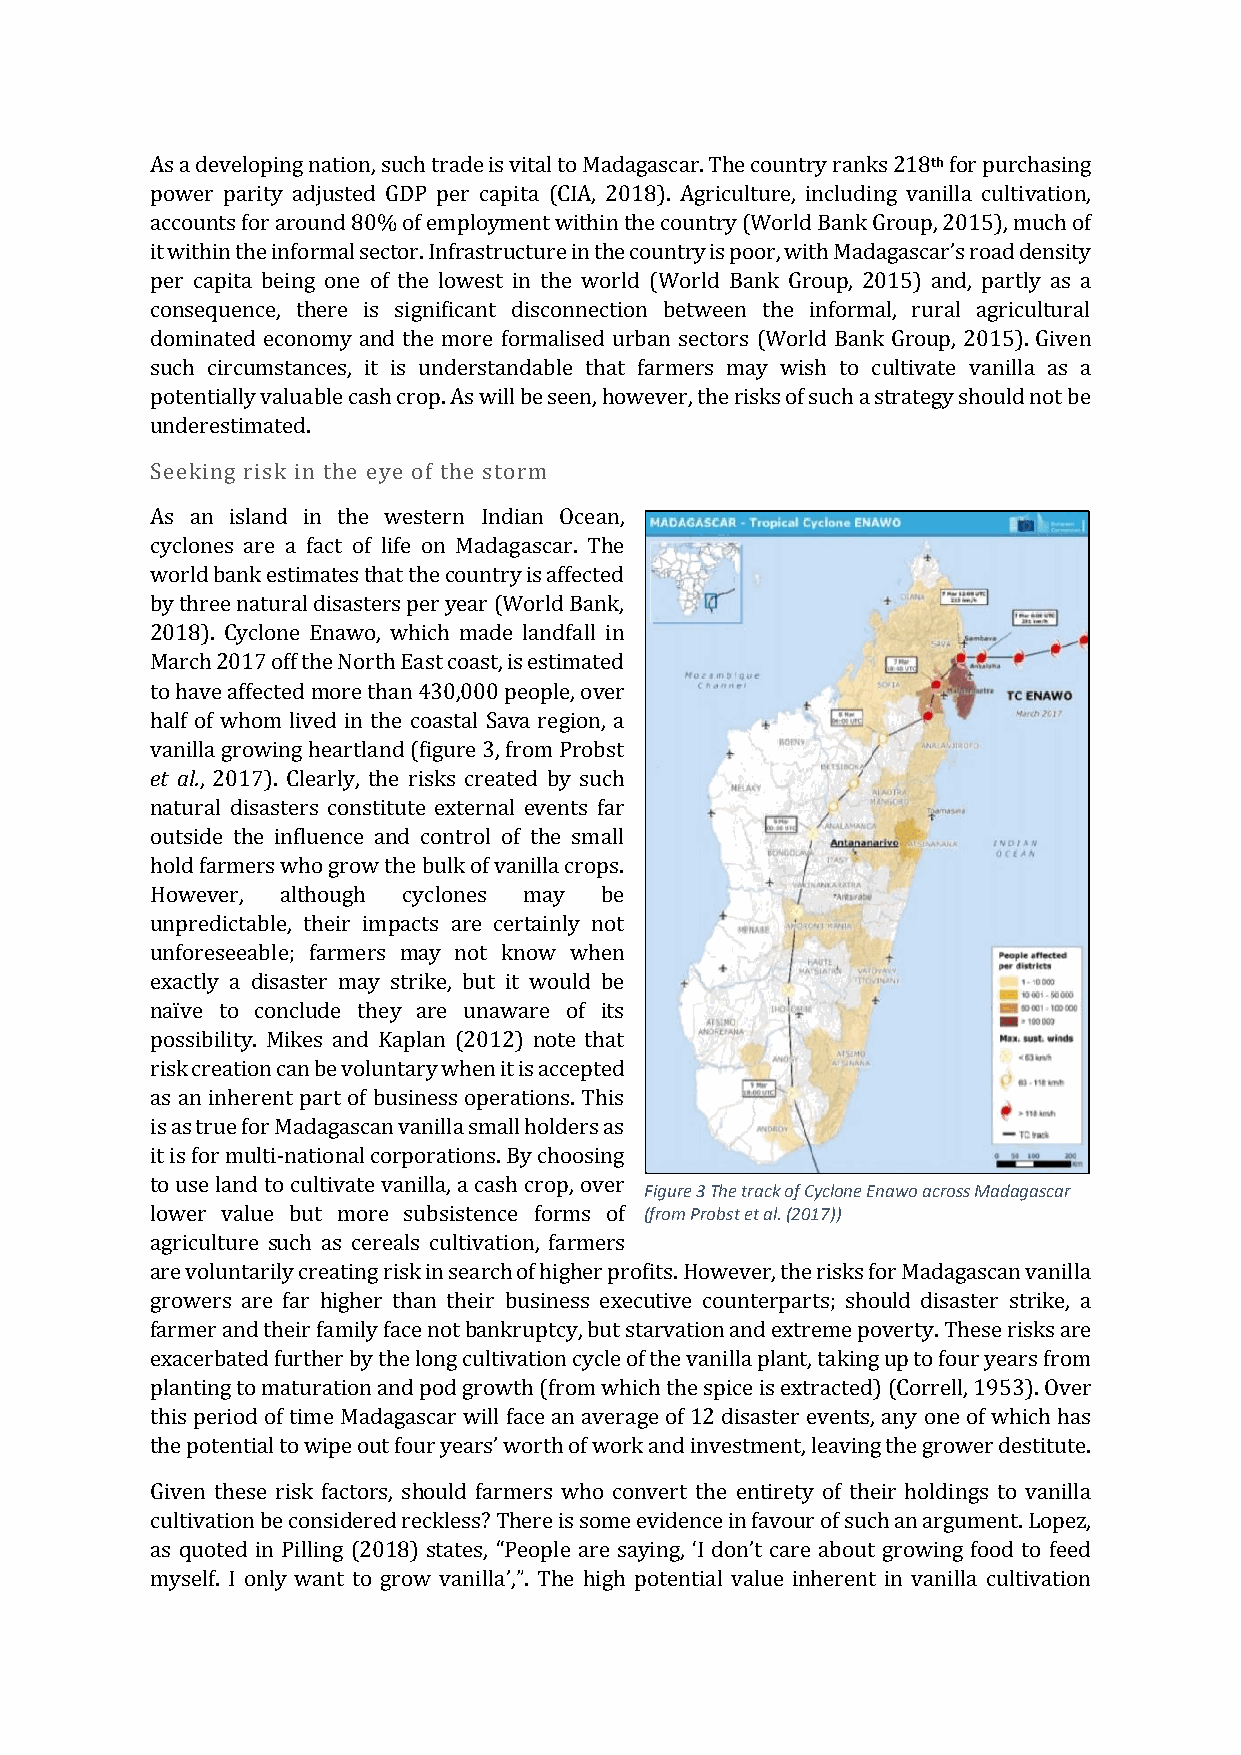
As a developing nation, such trade is vital to Madagascar. The country ranks 218th for purchasing
 power parity adjusted GDP per capita (CIA, 2018). Agriculture, including vanilla cultivation,
 accounts for around 80% of employment within the country (World Bank Group, 2015), much of
 it within the informal sector. Infrastructure in the country is poor, with Madagascar’s road density
 per capita being one of the lowest in the world (World Bank Group, 2015) and, partly as a
 consequence, there is significant disconnection between the informal, rural agricultural
 dominated economy and the more formalised urban sectors (World Bank Group, 2015). Given
 such circumstances, it is understandable that farmers may wish to cultivate vanilla as a
 potentially valuable cash crop. As will be seen, however, the risks of such a strategy should not be
 underestimated.
 Seeking risk in the eye of the storm
 As an island in the western Indian Ocean,
 cyclones are a fact of life on Madagascar. The
 world bank estimates that the country is affected
 by three natural disasters per year (World Bank,
 2018). Cyclone Enawo, which made landfall in
 March 2017 off the North East coast, is estimated
 to have affected more than 430,000 people, over
 half of whom lived in the coastal Sava region, a
 vanilla growing heartland (figure 3, from Probst
 et al., 2017). Clearly, the risks created by such
 natural disasters constitute external events far
 outside the influence and control of the small
 hold farmers who grow the bulk of vanilla crops.
 However, although cyclones may be
 unpredictable, their impacts are certainly not
 unforeseeable; farmers may not know when
 exactly a disaster may strike, but it would be
 naïve to conclude they are unaware of its
 possibility. Mikes and Kaplan (2012) note that
 risk creation can be voluntary when it is accepted
 as an inherent part of business operations. This
 is as true for Madagascan vanilla small holders as
 it is for multi-national corporations. By choosing
 to use land to cultivate vanilla, a cash crop, over
 Figure 3 The track of Cyclone Enawo across Madagascar
 lower value but more subsistence forms of (from Probst et al. (2017))
 agriculture such as cereals cultivation, farmers
 are voluntarily creating risk in search of higher profits. However, the risks for Madagascan vanilla
 growers are far higher than their business executive counterparts; should disaster strike, a
 farmer and their family face not bankruptcy, but starvation and extreme poverty. These risks are
 exacerbated further by the long cultivation cycle of the vanilla plant, taking up to four years from
 planting to maturation and pod growth (from which the spice is extracted) (Correll, 1953). Over
 this period of time Madagascar will face an average of 12 disaster events, any one of which has
 the potential to wipe out four years’ worth of work and investment, leaving the grower destitute.
 Given these risk factors, should farmers who convert the entirety of their holdings to vanilla
 cultivation be considered reckless? There is some evidence in favour of such an argument. Lopez,
 as quoted in Pilling (2018) states, “People are saying, ‘I don’t care about growing food to feed
 myself. I only want to grow vanilla’,”. The high potential value inherent in vanilla cultivation